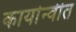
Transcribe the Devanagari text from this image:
कार्यान्‍वीत